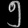
Digit: ၅